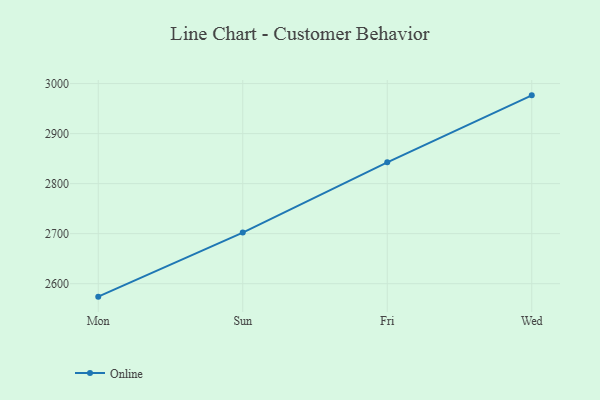
{"axis": {"x": "Day", "y": "Tickets Resolved"}, "legend": ["Online"], "data": [{"x": "Mon", "y": 2574.1, "type": "Online"}, {"x": "Sun", "y": 2702.2, "type": "Online"}, {"x": "Fri", "y": 2842.7, "type": "Online"}, {"x": "Wed", "y": 2976.5, "type": "Online"}]}